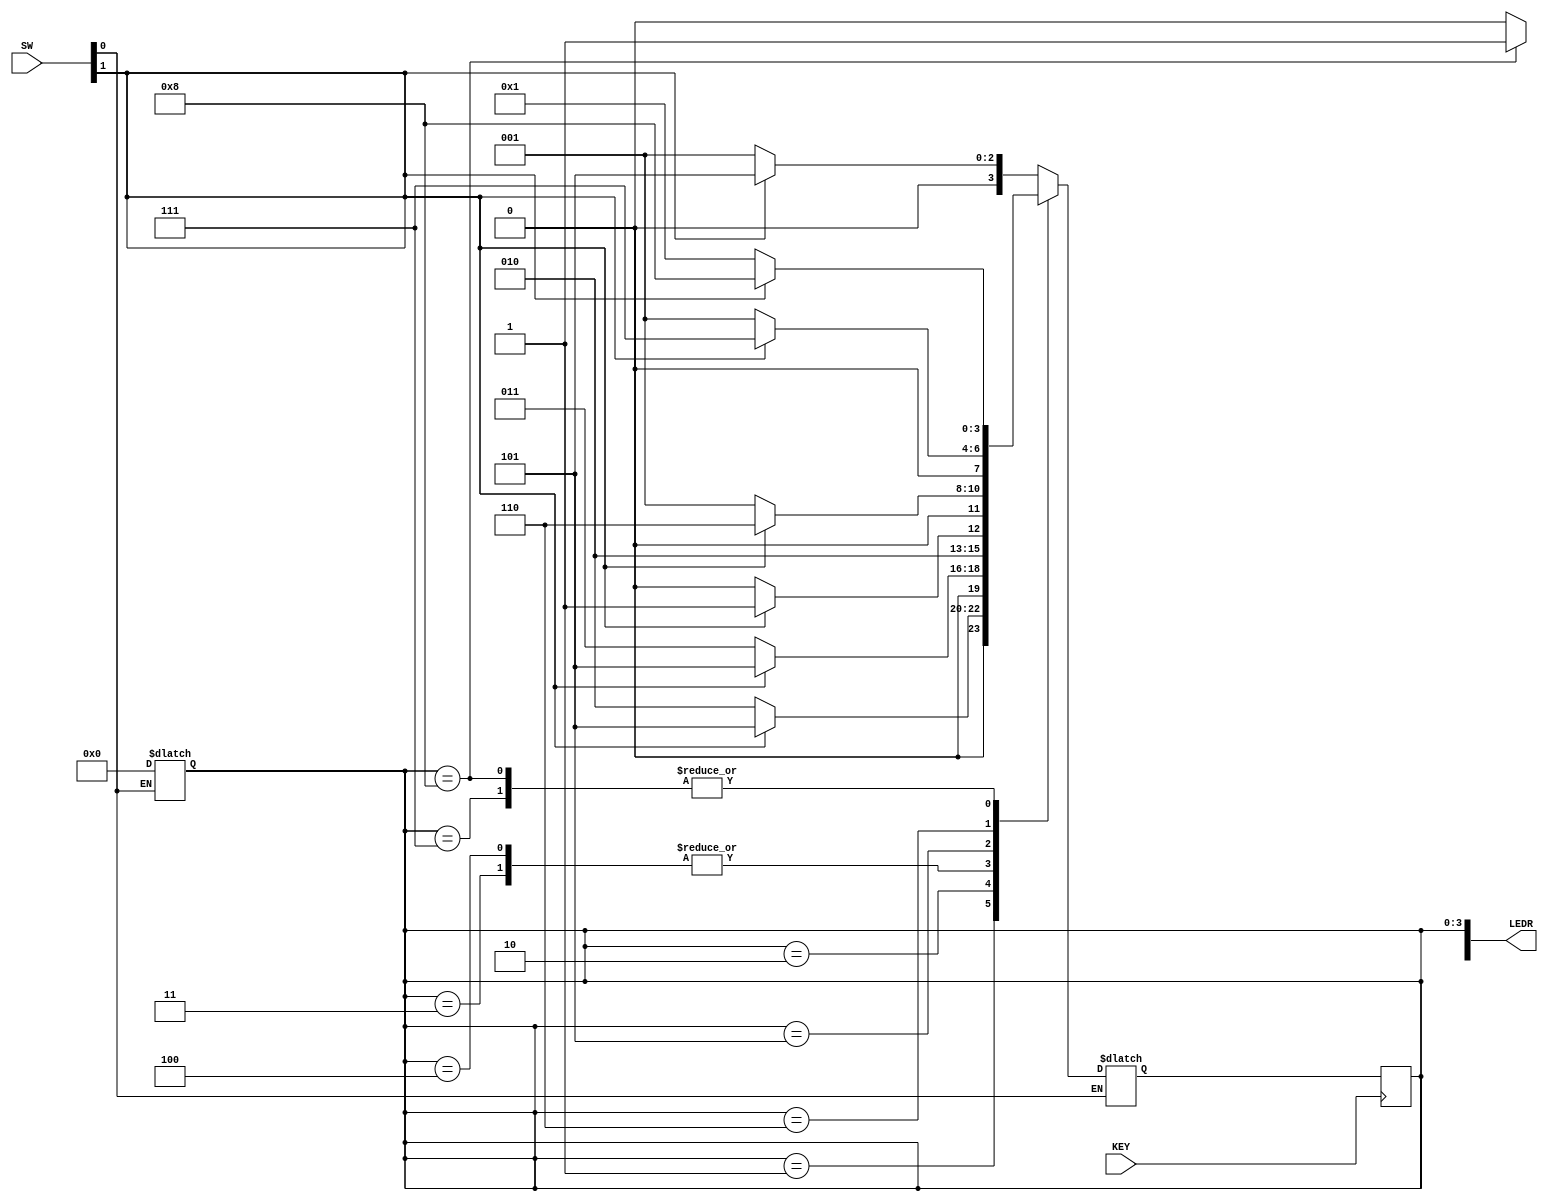
// Finite state machine (description with behavior level)
module part2 (SW,KEY, LEDR);
	input [1:0] SW; //sw1 : w input ; sw0 reset
	input KEY; // clock input
	output [9:0] LEDR;
	wire w;
	reg [3:0] y_Q, y_D; // y_Q : current state; y_D: next state
	parameter A = 4'b0000,B = 4'b0001,C = 4'b0010,D = 4'b0011,E = 4'b0100,
			  F = 4'b0101,G = 4'b0110,H = 4'b0111,I = 4'b1000; 
	assign w = SW[1];
	always @(w or y_Q)
		begin: state_table
			if(SW[0]) y_Q = A;
			else
			begin
				case(y_Q)
					A : if(~w) y_D = B;
						else y_D = F;
					B : if(~w) y_D = C;
						else y_D = F;
					C : if(~w) y_D = D;
						else y_D = F;
					D : if(~w) y_D = E;
						else y_D = F;
					E : if(~w) y_D = E;
						else y_D = F;
					F : if(~w) y_D = B;
						else y_D = G;
					G : if(~w) y_D = B;
						else y_D = H;
					H : if(~w) y_D = B;
						else y_D = I;
					I : if(~w) y_D = B;
						else y_D = I;
					default : y_D = 4'bxxxx;
				endcase
			end
		end 
	always @(posedge KEY)
		begin:state_FFs
			y_Q = y_D;
		end
	assign LEDR[9] = (y_Q == I) ? 1 : 0;
	assign LEDR[3:0] = y_Q; 	
endmodule